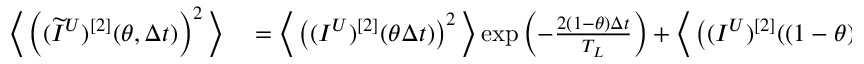
\begin{array} { r l } { \bigg \langle \left( ( \widetilde { I } ^ { U } ) ^ { [ 2 ] } ( \theta , \Delta t ) \right) ^ { 2 } \bigg \rangle } & { { } = \bigg \langle \left( ( I ^ { U } ) ^ { [ 2 ] } ( \theta \Delta t ) \right) ^ { 2 } \bigg \rangle \exp \left( - \frac { 2 ( 1 - \theta ) \Delta t } { T _ { L } } \right) + \bigg \langle \left( ( I ^ { U } ) ^ { [ 2 ] } ( ( 1 - \theta ) \Delta t ) \right) ^ { 2 } \bigg \rangle } \end{array}